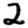
Digit: 2